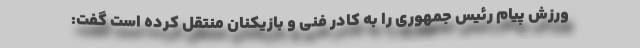
ورزش پیام رئیس جمهوری را به کادر فنی و بازیکنان منتقل کرده است گفت: